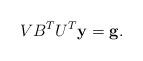
LaTeX: \begin{align*}VB^{T}U^{T}{\bf y}={\bf g}.\end{align*}